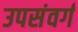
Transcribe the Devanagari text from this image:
उपसंवर्ग